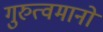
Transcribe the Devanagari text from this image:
गुरुत्वमानों